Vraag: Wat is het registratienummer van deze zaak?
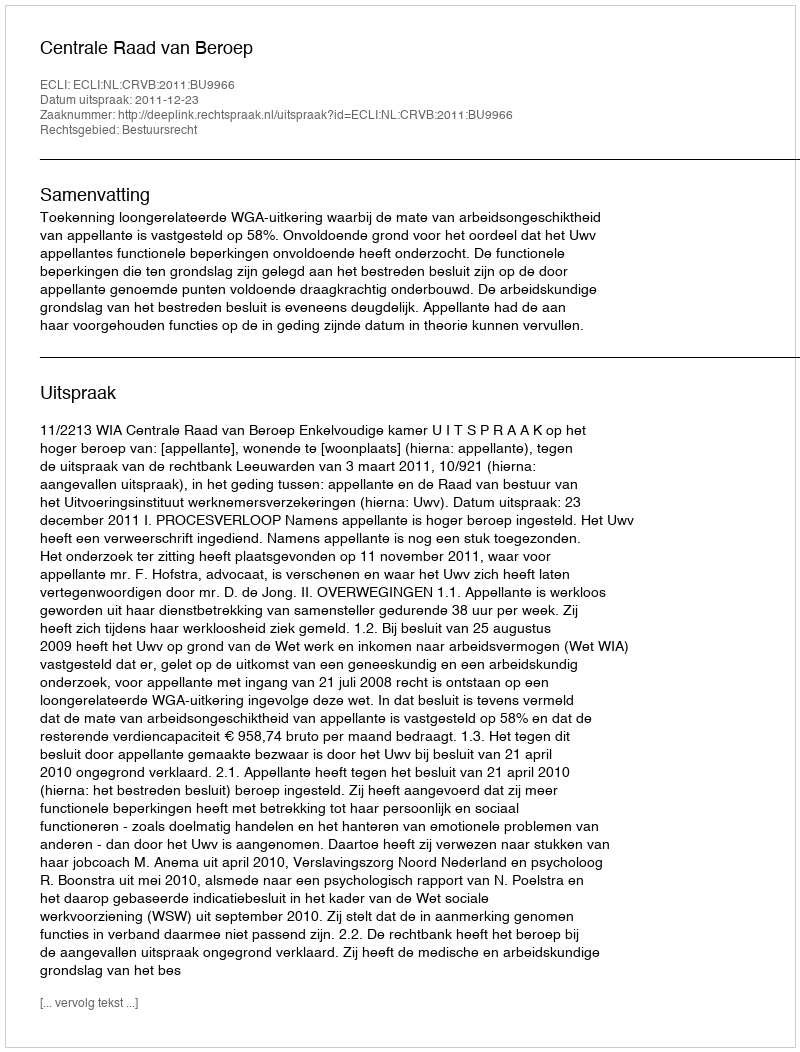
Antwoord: http://deeplink.rechtspraak.nl/uitspraak?id=ECLI:NL:CRVB:2011:BU9966